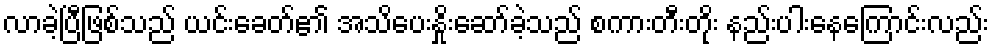
လာခဲ့ပြီဖြစ်သည် ယင်းခေတ်၏ အသိပေးနှိုးဆော်ခဲ့သည် စကားတီးတိုး နည်းပါးနေကြောင်းလည်း